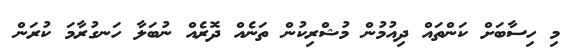
މި ހިސާބަށް ކަންތައް ދިއުމުން މުޝްރިކުން ތަނެއް ދޮރެއް ނުބަލާ ހަނގުރާމަ ކުރަން